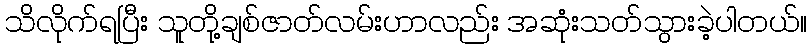
သိလိုက်ရပြီး သူတို့ချစ်ဇာတ်လမ်းဟာလည်း အဆုံးသတ်သွားခဲ့ပါတယ်။